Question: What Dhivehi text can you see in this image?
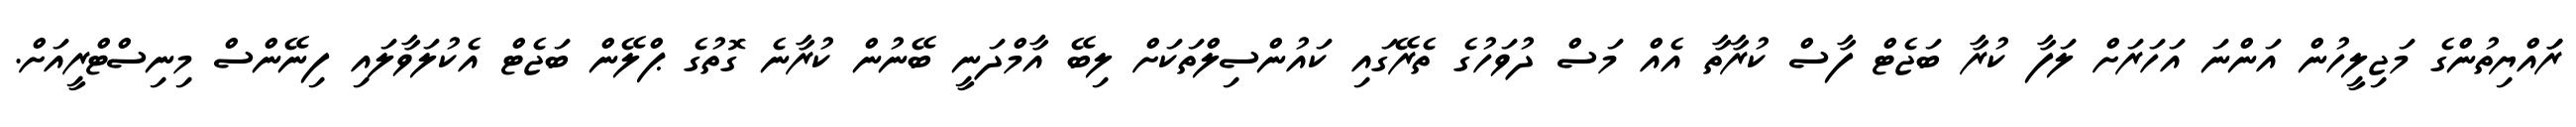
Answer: ރަައްޔިތުންގެ މަޖިލީހުން އަންނަ އަހަރަށް ލަފާ ކުރާ ބަޖެޓް ފާސް ކުރާތާ އެއް މަސް ދުވަހުގެ ތެރޭގައި ކައުންސިލްތަކަށް ލިބޭ އާމްދަނީ ބޭނުން ކުރާނެ ގޮތުގެ ޕްލޭން ބަޖެޓް އެކުލަވާލައި ފިނޭންސް މިނިސްޓްރީއަށް.